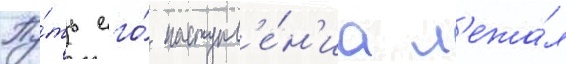
Пу́ть его́ наступл'е́н'иа л'ежа́л